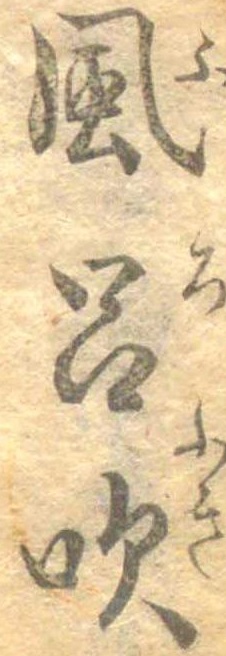
風呂吹